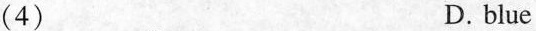
(4) D.blue